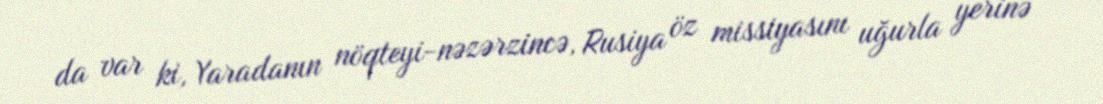
da var ki, Yaradanın nöqteyi-nəzərzincə, Rusiya öz missiyasını uğurla yerinə